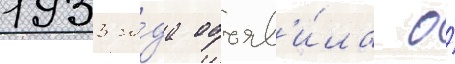
1933 го́да объяв'и́ла о́